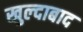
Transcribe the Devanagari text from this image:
खुल्‍दाबाद